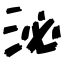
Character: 泌